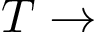
T \rightarrow